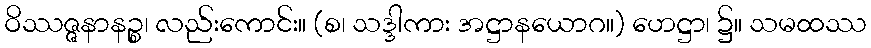
ဝိဿဇ္ဇနာနဉ္စ၊ လည်းကောင်း။ (စ၊ သဒ္ဒါကား အဋ္ဌာနယောဂ။) ဟေဋ္ဌာ၊ ၌။ သမထဿ